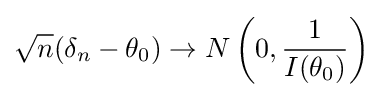
{\sqrt {n}}(\delta _{n}-\theta _{0})\to N\left(0,{\frac {1}{I(\theta _{0})}}\right)